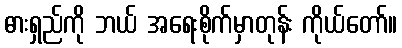
ဓားရှည်ကို ဘယ် အရေးစိုက်မှာတုန်း ကိုယ်တော်။